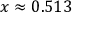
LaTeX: x \approx 0 . 5 1 3